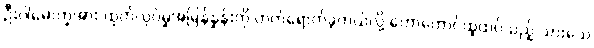
ဦးပါမောက္ခအား ထုတ်လုပ်မှုအမြန်နှုန်းကို တက်ရောက်ခဲ့တယ်လို့ တောတောင်ထူထပ်သည့် သားသေ